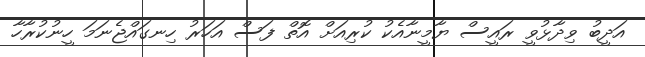
އަދީބު ވިދާޅުވީ ރައީސް ޔާމީނާއެކު ކުރިއަށް އޮތް ފަސް އަހަރު ހިނގައްޖެނަމަ ހީނުކުރާހާ